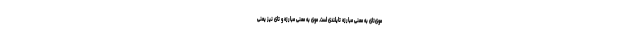
موی‌تای به معنی مبارزه تایلندی است. موی به معنی مبارزه و تای نیز یعنی